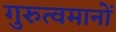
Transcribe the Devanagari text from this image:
गुरुत्वमानों